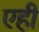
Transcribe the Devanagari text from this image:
एही